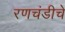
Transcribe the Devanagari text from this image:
रणचंडीचे